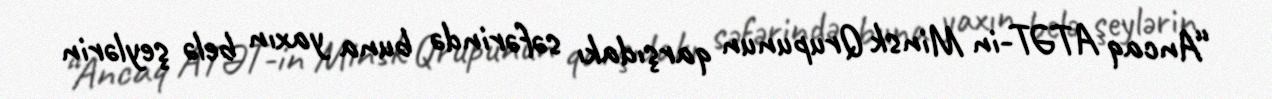
“Ancaq ATƏT-in Minsk Qrupunun qarşıdakı səfərində buna yaxın belə şeylərin